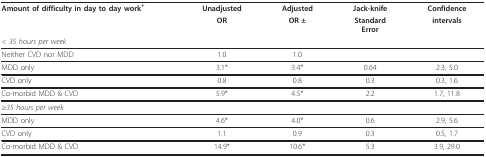
<table><thead><tr><td><b>Amount of difficulty in day to day work<sup>+</sup></b></td><td><b>Unadjusted</b></td><td><b>Adjusted</b></td><td><b>Jack-knife</b></td><td><b>Confidence</b></td></tr><tr><td></td><td><b>OR</b></td><td><b>OR ±</b></td><td><b>StandardError</b></td><td><b>intervals</b></td></tr><tr><td><b><i>&lt; 35 hours per week</i></b></td><td></td><td></td><td></td><td></td></tr></thead><tbody><tr><td>Neither CVD nor MDD</td><td>1.0</td><td>1.0</td><td></td><td></td></tr><tr><td>MDD only</td><td>3.1*</td><td>3.4*</td><td>0.64</td><td>2.3, 5.0</td></tr><tr><td>CVD only</td><td>0.8</td><td>0.8</td><td>0.3</td><td>0.3, 1.6</td></tr><tr><td>Co-morbid MDD &amp; CVD</td><td>5.9*</td><td>4.5*</td><td>2.2</td><td>1.7, 11.8</td></tr><tr><td>≥<i>35 hours per week</i></td><td></td><td></td><td></td><td></td></tr><tr><td>MDD only</td><td>4.6*</td><td>4.0*</td><td>0.6</td><td>2.9, 5.6</td></tr><tr><td>CVD only</td><td>1.1</td><td>0.9</td><td>0.3</td><td>0.5, 1.7</td></tr><tr><td>Co-morbid MDD &amp; CVD</td><td>14.9*</td><td>10.6*</td><td>5.3</td><td>3.9, 29.0</td></tr></tbody></table>